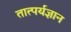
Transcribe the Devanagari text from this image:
तात्पर्यज्ञान